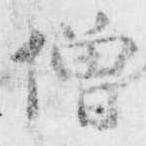
僧